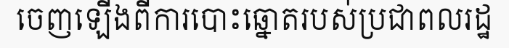
ចេញឡើងពីការបោះឆ្នោតរបស់ប្រជាពលរដ្ឋ